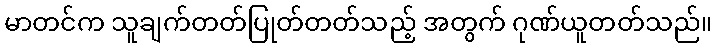
မာတင်က သူချက်တတ်ပြုတ်တတ်သည့် အတွက် ဂုဏ်ယူတတ်သည်။